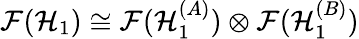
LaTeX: \mathcal{F}(\mathcal{H}_{1})\cong\mathcal{F}(\mathcal{H}_{1}^{(A)})\otimes\mathcal{F}(\mathcal{H}_{1}^{(B)})